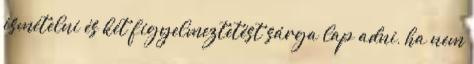
ismételni és két figyelmeztetést sárga lap adni, ha nem